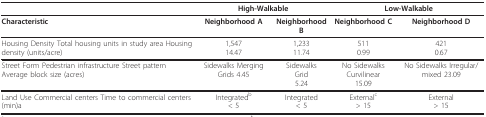
<table><thead><tr><td></td><td colspan="2"><b>High-Walkable</b></td><td colspan="2"><b>Low-Walkable</b></td></tr></thead><tbody><tr><td><b>Characteristic</b></td><td><b>Neighborhood A</b></td><td><b>Neighborhood B</b></td><td><b>Neighborhood C</b></td><td><b>Neighborhood D</b></td></tr><tr><td>Housing Density Total housing units in study area Housing density (units/acre)</td><td>1,54714.47</td><td>1,23311.74</td><td>5110.99</td><td>4210.67</td></tr><tr><td>Street Form Pedestrian infrastructure Street pattern Average block size (acres)</td><td>Sidewalks Merging Grids 4.45</td><td>SidewalksGrid5.24</td><td>No Sidewalks Curvilinear15.09</td><td>No Sidewalks Irregular/mixed 23.09</td></tr><tr><td>Land Use Commercial centers Time to commercial centers (min)a</td><td>Integrated<sup>b</sup>&lt; 5</td><td>Integrated&lt; 5</td><td>External<sup>c</sup>&gt; 15</td><td>External&gt; 15</td></tr></tbody></table>